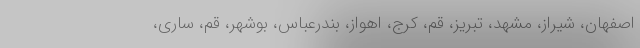
اصفهان، شیراز، مشهد، تبریز، قم، کرج، اهواز، بندرعباس، بوشهر، قم، ساری،